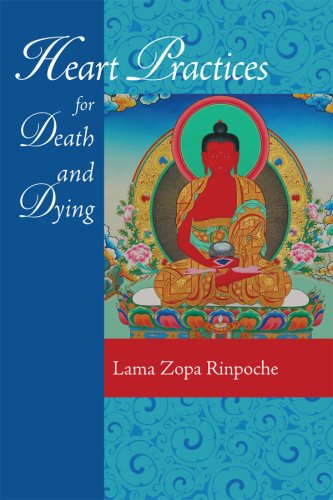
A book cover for Heart Practices for Death and Dying; Lama Zopa Rinpoche; Religion & Spirituality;